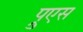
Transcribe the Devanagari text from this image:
प्रुएस